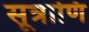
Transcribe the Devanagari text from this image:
सूत्राणि